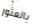
بالعثور